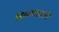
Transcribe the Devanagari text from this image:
बिब्ब्यासारखे